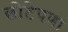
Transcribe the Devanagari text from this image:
छोटेपणा